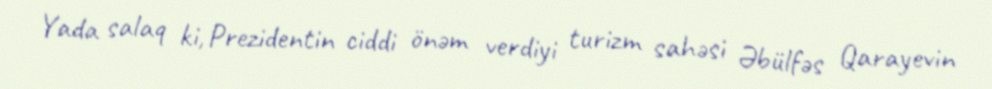
Yada salaq ki, Prezidentin ciddi önəm verdiyi turizm sahəsi Əbülfəs Qarayevin